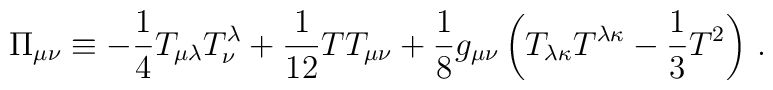
\Pi_{\mu\nu} \equiv -{1\over4}T_{\mu\lambda}T^\lambda_\nu + {1\over12}TT_{\mu\nu} +{1\over8} g_{\mu\nu} \left(  T_{\lambda\kappa}T^{\lambda\kappa} - {1\over3} T^2 \right) \,.